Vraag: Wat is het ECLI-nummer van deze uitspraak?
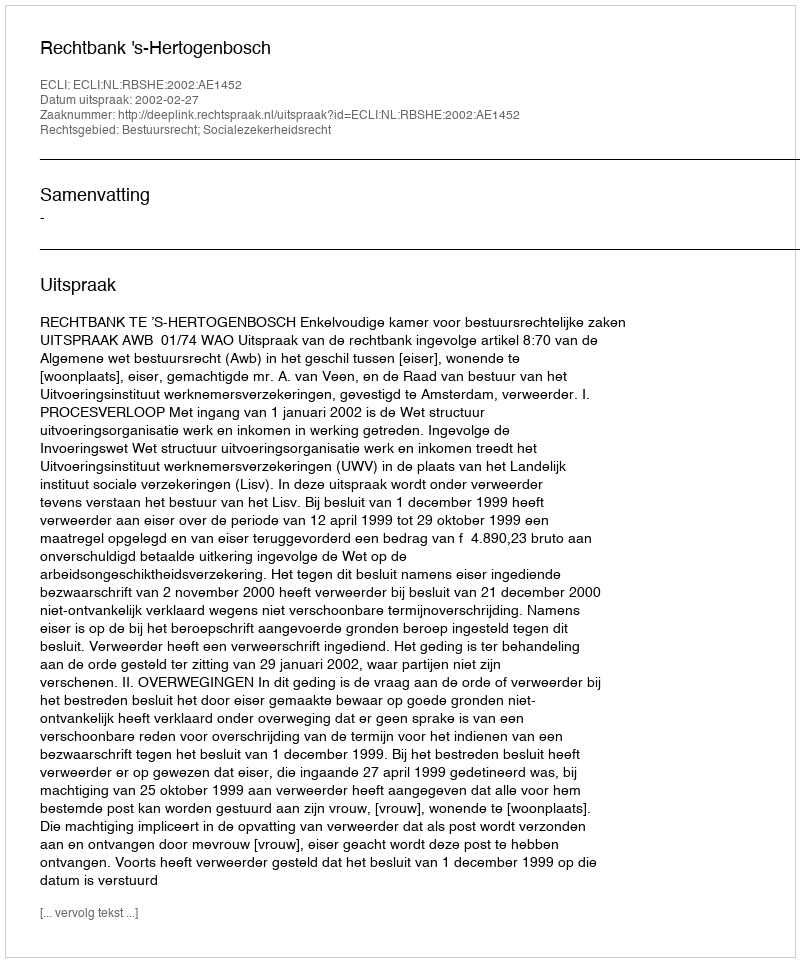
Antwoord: ECLI:NL:RBSHE:2002:AE1452